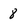
Character: 8